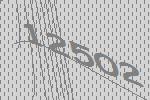
12502